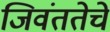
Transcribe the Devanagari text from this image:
जिवंततेचे